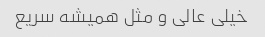
خیلی عالی و مثل همیشه سریع